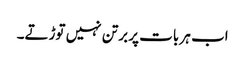
اب ہر بات پر برتن نہیں توڑتے۔